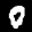
Label: 0